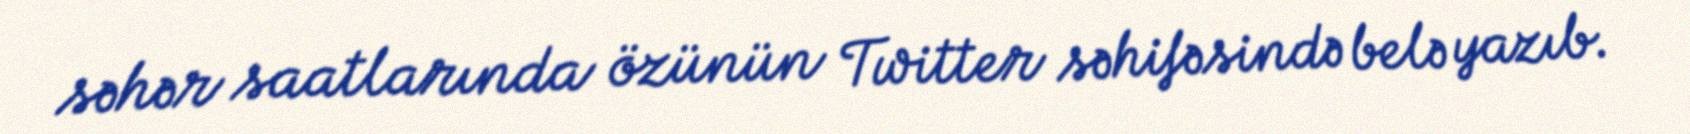
səhər saatlarında özünün Twitter səhifəsində belə yazıb.